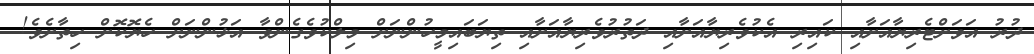
ދުރު އަވަށްޓެރިޔާއަށާއި ކައިރި އެކުވެރިޔާއަށާއި ދަތުރުވެރިޔާއަށާއި ތިޔަބައިމީހުންނަށް މިލްކުވެގެންވާ އަޅުންނަށް ހެޔޮކޮށް ހިތާށެވެ!